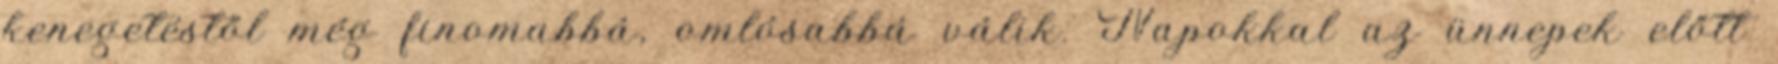
kenegetéstől még finomabbá, omlósabbá válik. Napokkal az ünnepek előtt